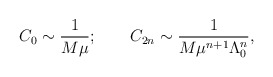
\begin{align*}C_0 \sim \frac{1}{M \mu}; \qquad C_{2n} \sim \frac{1}{M \mu^{n+1} \Lambda_0^n},\end{align*}